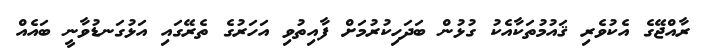
ރާއްޖޭގެ އެކުވެރި ޤައުމުތަކާއެކު ގުޅުން ބަދަހިކުރުމަށް ފާއިތުވި އަހަރުގެ ތެރޭގައި އަޅުގަނޑުވާނީ ބައެއް